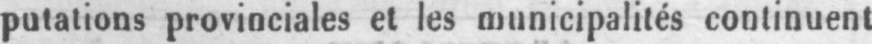
provinciales et les municipalités continuent